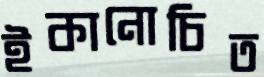
ইকানোচিত